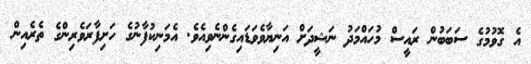
އެ ގޮވުމުގެ ސަބަބުން ރައީސް މުހައްމަދު ނަޝީދަށް އަނިޔާވެވަޑައިގެންނެވިއެވެ. އެމަނިކުފާނުގެ ހަށިފާރަވެރިންގެ ތެރެއިން